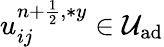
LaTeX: u_{ij}^{{n+\frac{1}{2}},\ast y}\in\mathcal{U}_{\textrm{ad}}